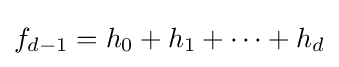
f_{d-1}=h_{0}+h_{1}+\dotsb +h_{d}